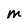
Character: M